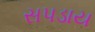
સપડાય